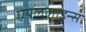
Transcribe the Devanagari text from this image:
एयललाइन्स